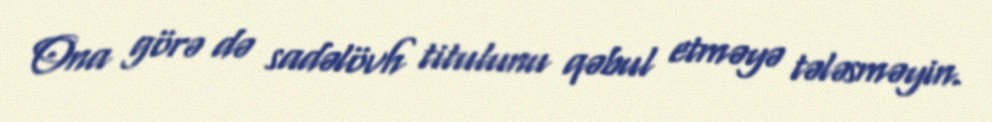
Ona görə də sadəlövh titulunu qəbul etməyə tələsməyin.